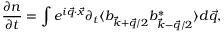
\frac { \partial n } { \partial t } = \int e ^ { i \vec { q } \cdot \vec { x } } \partial _ { t } \langle b _ { \vec { k } + \vec { q } / 2 } b _ { \vec { k } - \vec { q } / 2 } ^ { * } \rangle d \vec { q } ,